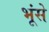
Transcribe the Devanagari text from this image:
भूंसे